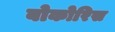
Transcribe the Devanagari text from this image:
बोकोरिस